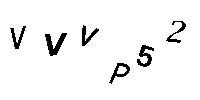
VVVP52